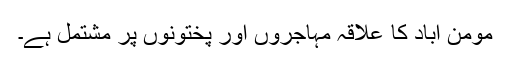
مومن آباد کا علاقہ مہاجروں اور پختونوں پر مشتمل ہے۔